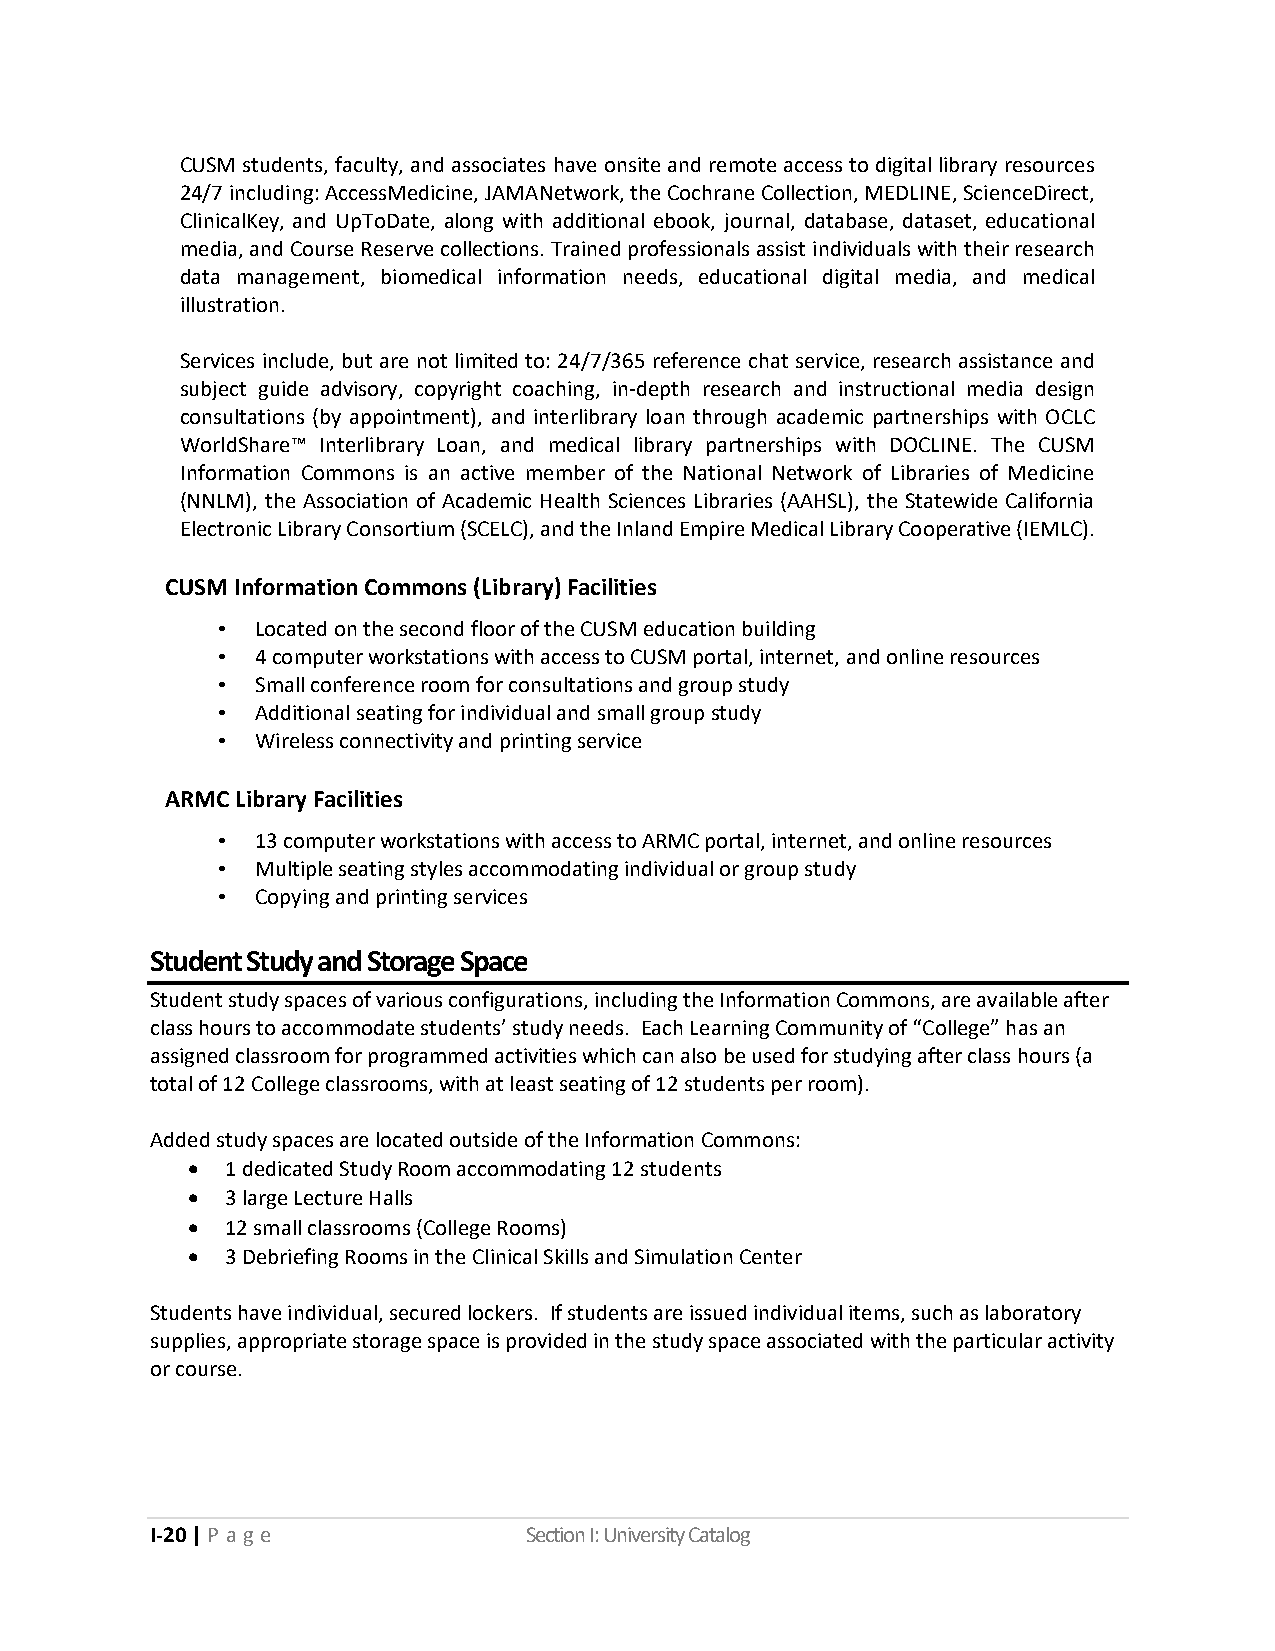
CUSM students, faculty, and associates have onsite and remote access to digital library resources
 24/7 including: AccessMedicine, JAMANetwork, the Cochrane Collection, MEDLINE, ScienceDirect,
 ClinicalKey, and UpToDate, along with additional ebook, journal, database, dataset, educational
 media, and Course Reserve collections. Trained professionals assist individuals with their research
 data management, biomedical information needs, educational digital media, and medical
 illustration.
 Services include, but are not limited to: 24/7/365 reference chat service, research assistance and
 subject guide advisory, copyright coaching, in-depth research and instructional media design
 consultations (by appointment), and interlibrary loan through academic partnerships with OCLC
 WorldShare™ Interlibrary Loan, and medical library partnerships with DOCLINE. The CUSM
 Information Commons is an active member of the National Network of Libraries of Medicine
 (NNLM), the Association of Academic Health Sciences Libraries (AAHSL), the Statewide California
 Electronic Library Consortium (SCELC), and the Inland Empire Medical Library Cooperative (IEMLC).
 CUSM Information Commons (Library) Facilities
 •  Located on the second floor of the CUSM education building
 •  4 computer workstations with access to CUSM portal, internet, and online resources
 •  Small conference room for consultations and group study
 •  Additional seating for individual and small group study
 •  Wireless connectivity and printing service
 ARMC Library Facilities
 •  13 computer workstations with access to ARMC portal, internet, and online resources
 •  Multiple seating styles accommodating individual or group study
 •  Copying and printing services
 Student Study and Storage Space
 Student study spaces of various configurations, including the Information Commons, are available after
 class hours to accommodate students’ study needs. Each Learning Community of “College” has an
 assigned classroom for programmed activities which can also be used for studying after class hours (a
 total of 12 College classrooms, with at least seating of 12 students per room).
 Added study spaces are located outside of the Information Commons:
 •  1 dedicated Study Room accommodating 12 students
 •  3 large Lecture Halls
 •  12 small classrooms (College Rooms)
 •  3 Debriefing Rooms in the Clinical Skills and Simulation Center
 Students have individual, secured lockers. If students are issued individual items, such as laboratory
 supplies, appropriate storage space is provided in the study space associated with the particular activity
 or course.
 I-20 | P a ge            Section I: University Catalog